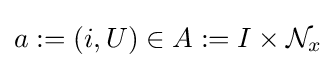
a:=(i,U)\in A:=I\times {\mathcal {N}}_{x}